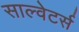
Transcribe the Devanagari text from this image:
साल्वेटर्स